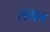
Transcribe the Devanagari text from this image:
लभग